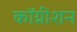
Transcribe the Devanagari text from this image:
कॉग्नीशन